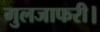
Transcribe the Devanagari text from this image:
गुलजाफरी।